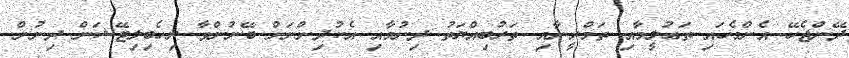
ދޭންޖެހޭ އެންމެހައި ތަޢުލީމާއި ތަމްރީނާއި ތަރުބިއްޔަތު ދިނުމާއި އެކުދިންނަށް ބޭނުންވާ ރިހެބިލިޓޭޝަން ދިނުން.